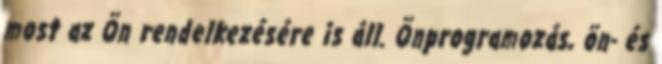
most az Ön rendelkezésére is áll. Önprogramozás, ön- és